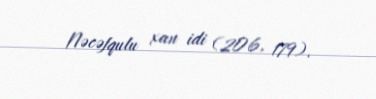
Nəcəfqulu xan idi (206, 179).